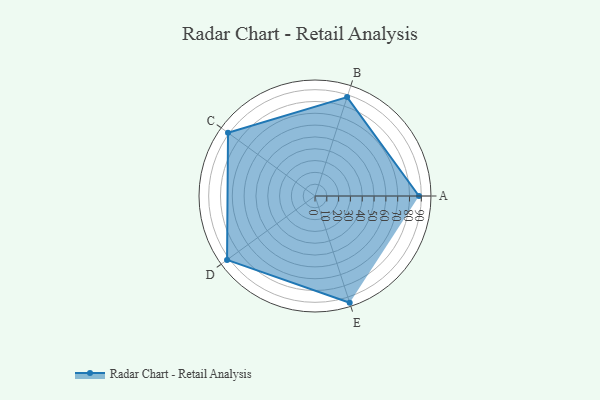
{"axis": {"x": "Skill", "y": "Score"}, "legend": ["Profile"], "data": [{"x": "A", "y": 88.0, "type": "Profile"}, {"x": "B", "y": 88.0, "type": "Profile"}, {"x": "C", "y": 91.0, "type": "Profile"}, {"x": "D", "y": 92.0, "type": "Profile"}, {"x": "E", "y": 95.0, "type": "Profile"}]}